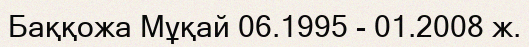
Баққожа Мұқай 06.1995 - 01.2008 ж.